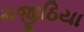
મજીઠિયા